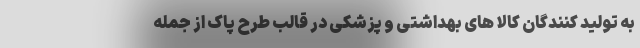
به تولید کنندگان کالا های بهداشتی و پزشکی در قالب طرح پاک از جمله